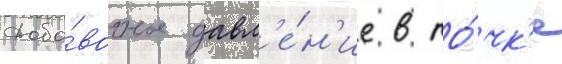
Доба́вочное давл'е́н'ие в то́чк'е